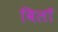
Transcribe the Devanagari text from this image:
बिलॉ